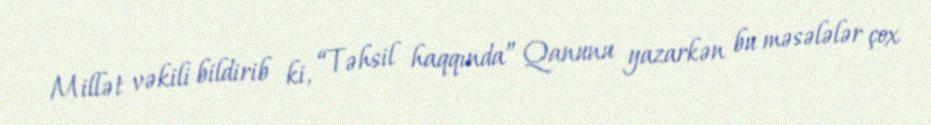
Millət vəkili bildirib ki, “Təhsil haqqında” Qanunu yazarkən bu məsələlər çox